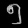
Digit: ၅